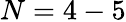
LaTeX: N=4-5